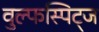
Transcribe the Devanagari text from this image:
वुल्फस्पिट्ज